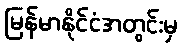
မြန်မာနိုင်ငံအတွင်းမှ